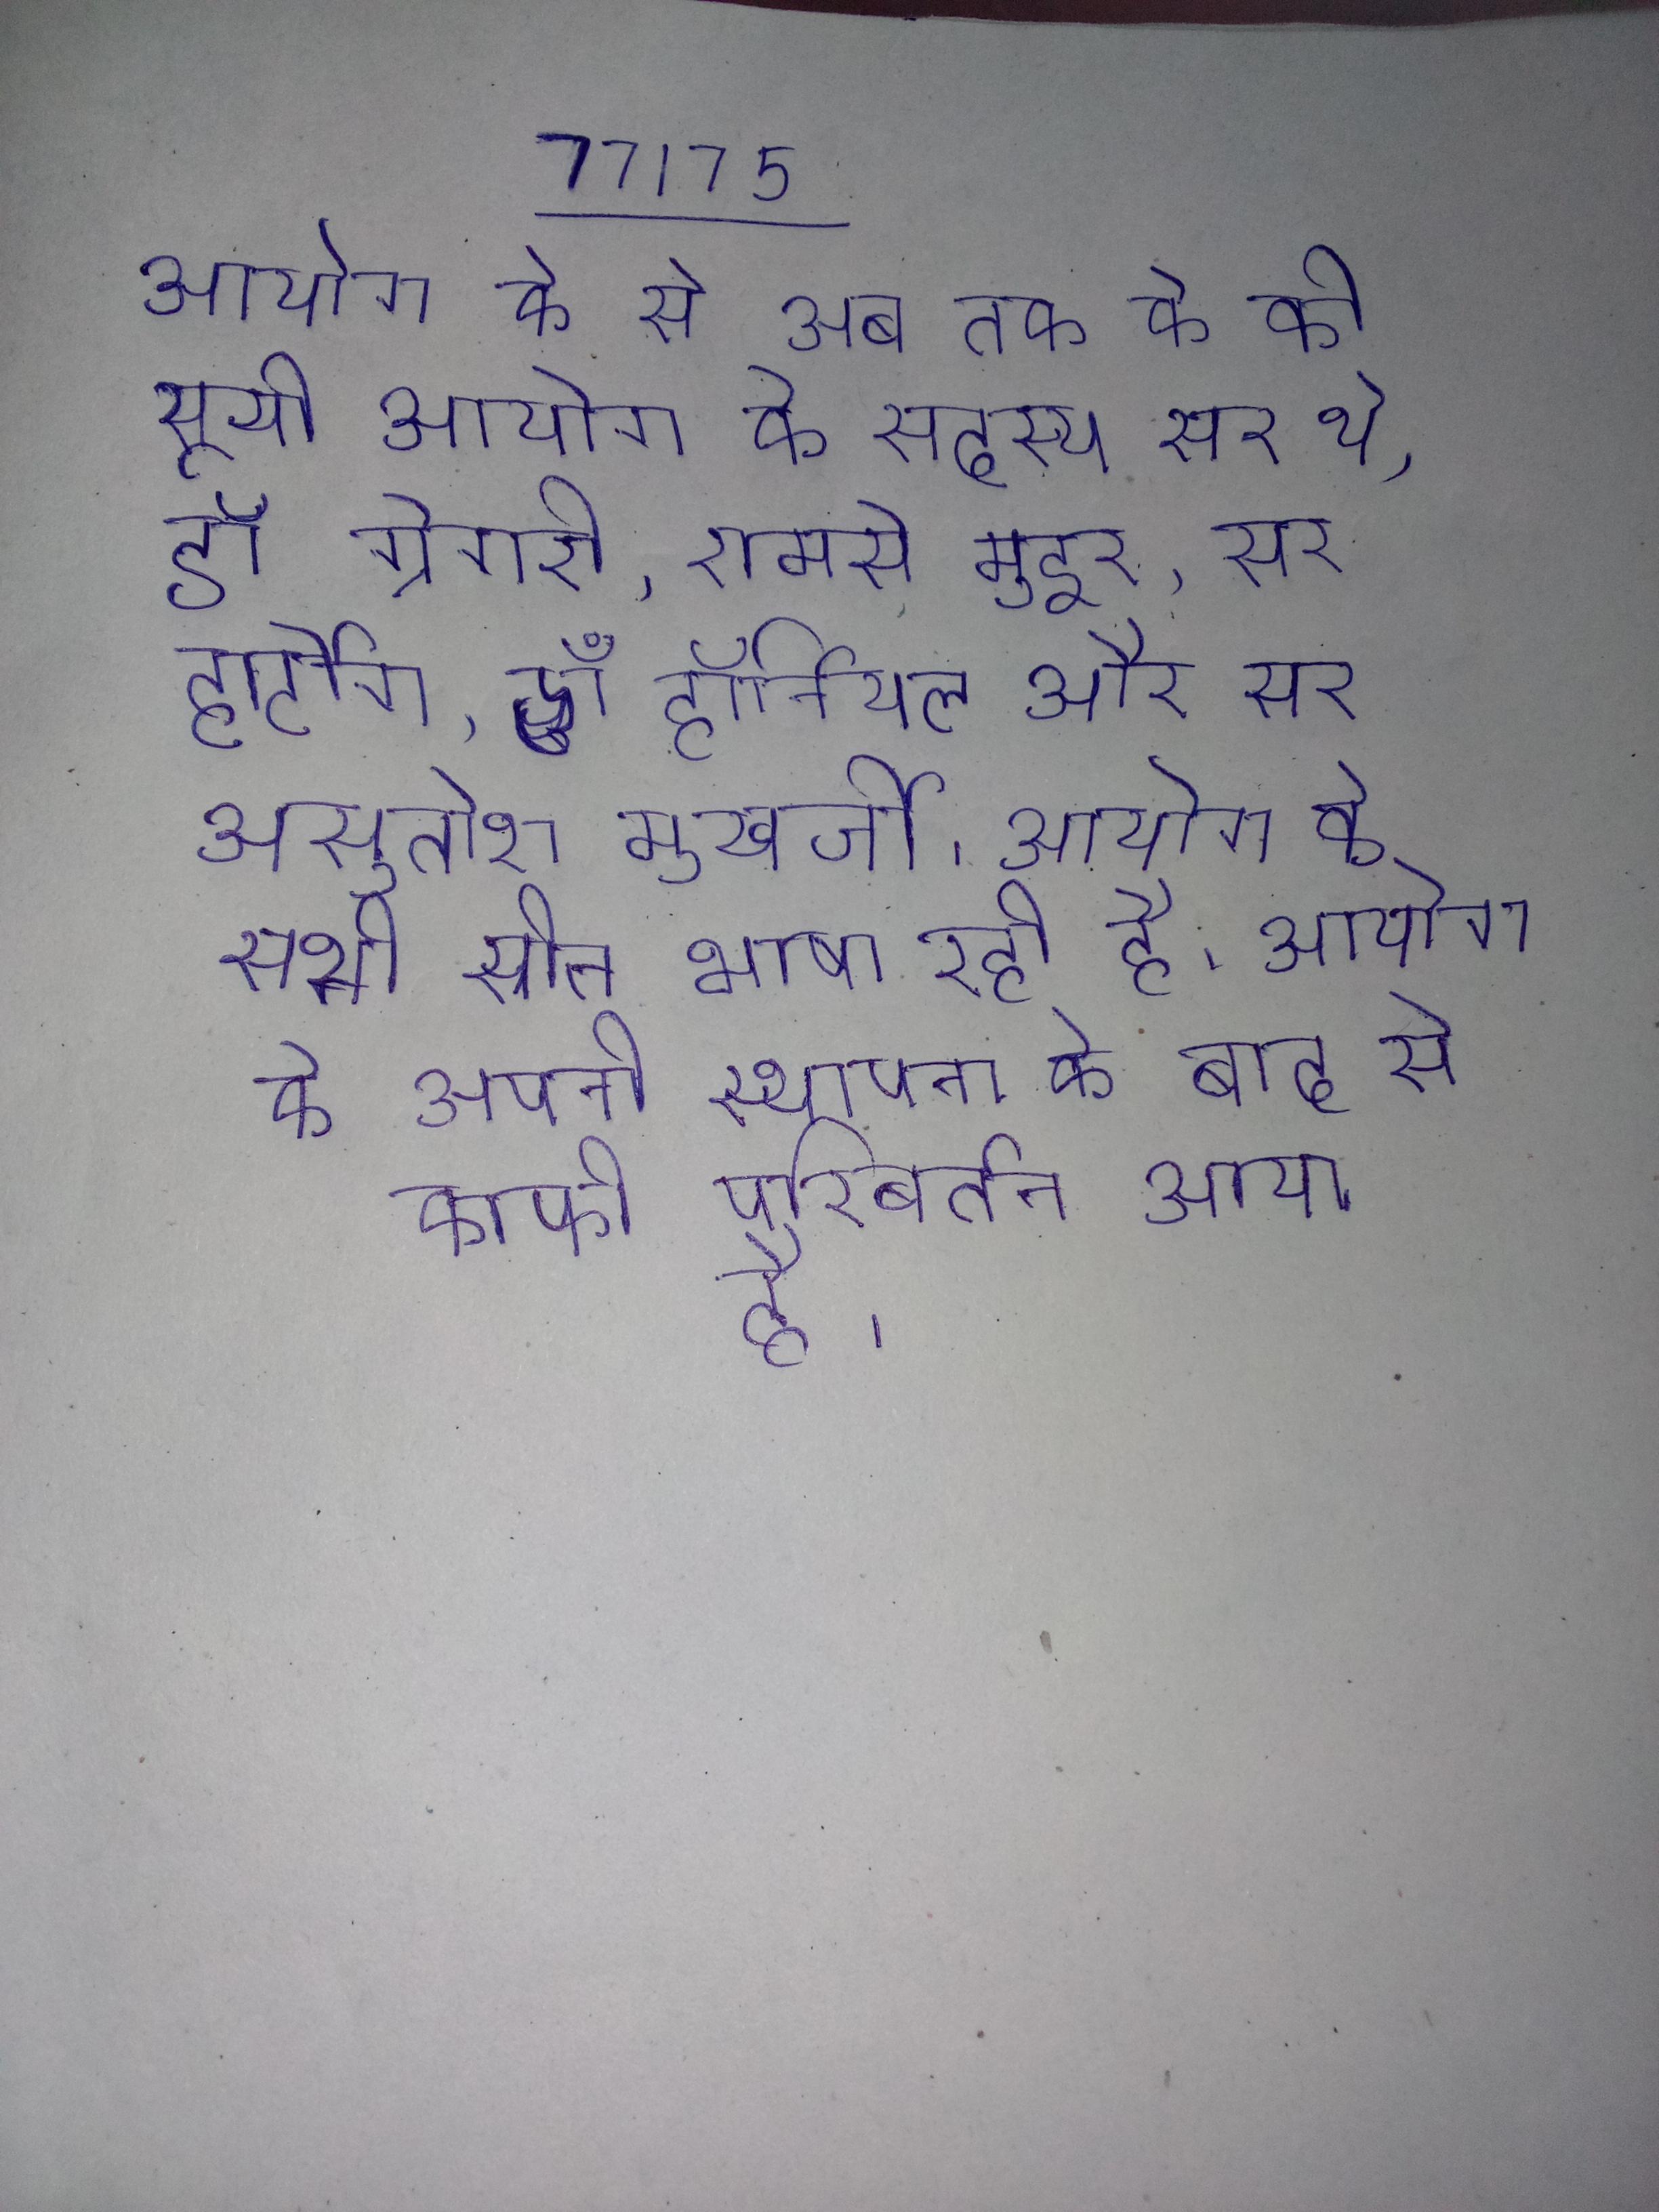
आयोग के से अब तक के की सूची आयोग के सदस्य सर थे, डॉ ग्रेगरी, रामसे मुइर, सर हार्टोग, डॉ हॉर्नियल और सर असुतोश मुखर्जी । आयोग के सदस्य । आयोग के सभी स्रोत भाषा रही है । आयोग के अपनी स्थापना के बाद से काफी परिवर्तन आया है ।